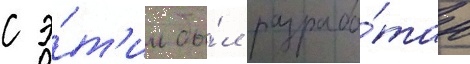
с э́т'им бы́л разрабо́тан